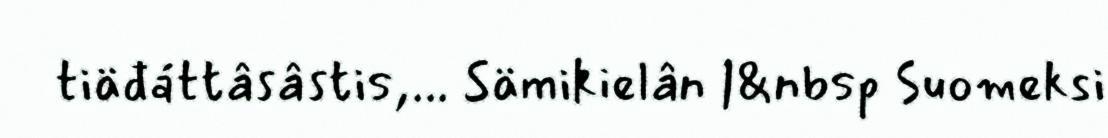
tiäđáttâsâstis,... Sämikielân |&nbsp Suomeksi